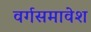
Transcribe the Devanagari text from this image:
वर्गसमावेश